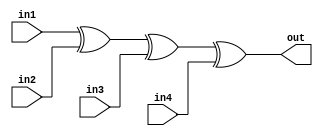
module circuit(in1,in2,in3,in4,out);
  input in1,in2,in3,in4;
  output out;
  
  assign out = in1^in2^in3^in4;
  
  
endmodule